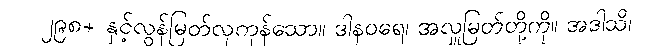
၂၉၈+ နှင့်လွန်မြတ်လှကုန်သော။ ဒါနဝရေ၊ အလှူမြတ်တို့ကို။ အဒါသိ၊